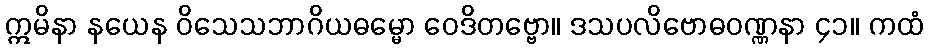
ဣမိနာ နယေန ဝိသေသဘာဂိယဓမ္မော ဝေဒိတဗ္ဗော။ ဒသပလိဗောဓဝဏ္ဏနာ ၄၁။ ကထံ